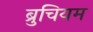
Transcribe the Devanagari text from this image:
ब्रुचियम